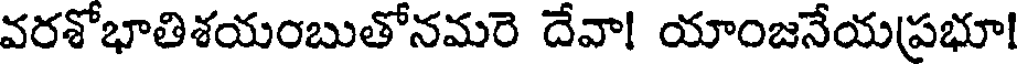
వరశోభాతిశయంబుతోనమరె దేవా! యాంజనేయప్రభూ!